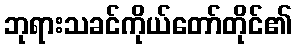
ဘုရားသခင်ကိုယ်တော်တိုင်၏